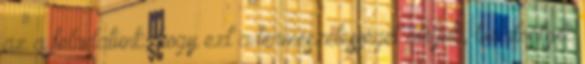
az a feladatunk, hogy ezt a természetességét átéljük, tudatosítsuk